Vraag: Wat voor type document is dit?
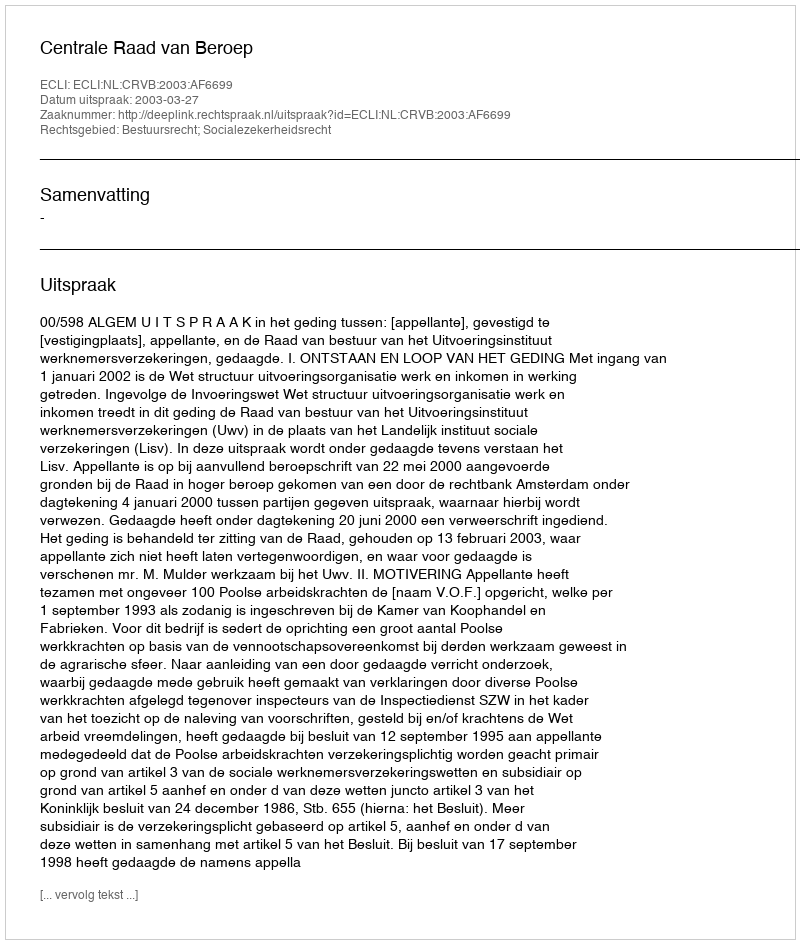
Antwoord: Uitspraak